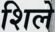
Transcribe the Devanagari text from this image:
शिले